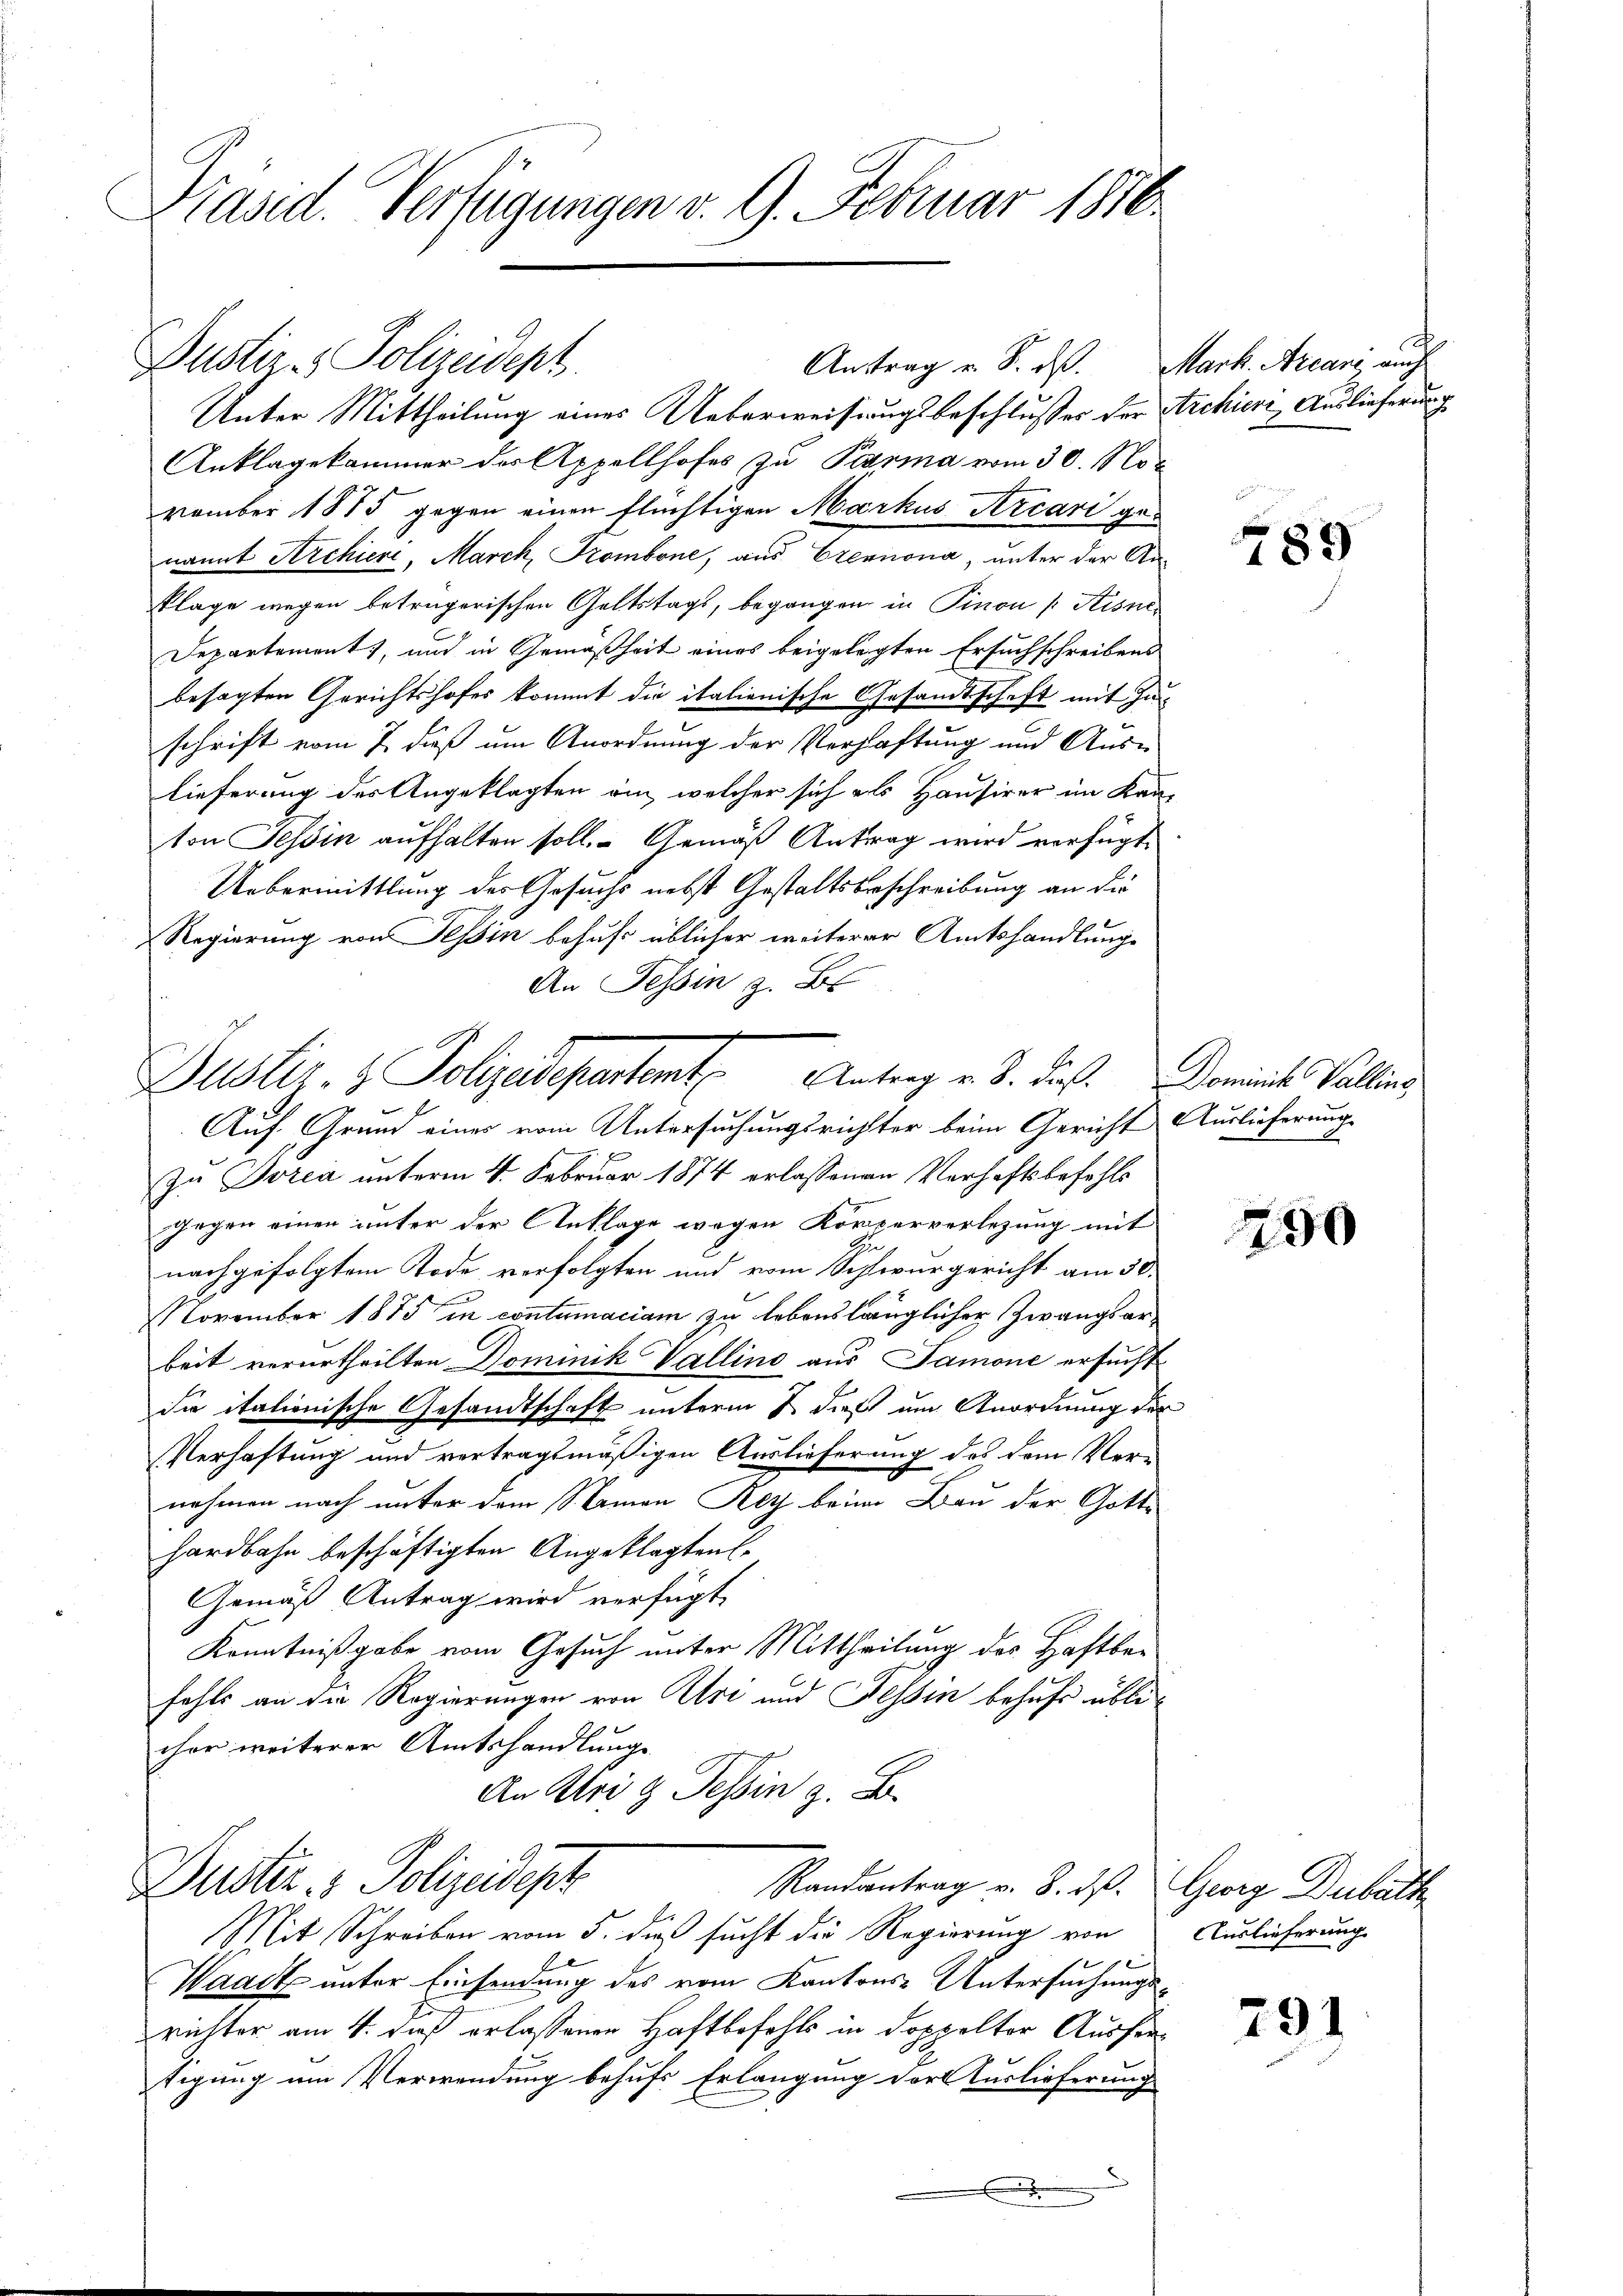
Präsid. Verfügungen v. 9. Februar 1876.

Dustiz- & Polizeidept.
Unter Mittheilung eines Ueberweisungsbeschlusses der
Anklagekammer der Appellhofes zu Parma vom 30. November 1875 gegen einen flüchtigen Markus Arcari genannt Archieri, Marck, Krombone, aus Eremnona, unter der Anklage wegen betrügerischen Geltstags, begangen in Pinon [Kisne¬
Departement, und in Gemäßheit eines beigelegten Ersuchschreibens
besagten Gerichtshofes kommt die italienische Gesamtschaft mit Inschrift vom 7. daß um Anordnung der Verhaftung und Auslieferung des Angeklagten ein, welcher sich als Hausirer im Kan-
ton Tessin aufhalten soll. Gemäß Antrag wird verfügt,
Uebermittlung des Gesuchs nebst Gestaltsbeschreibung an die
Regierung von Tessin behufs üblicher weiterer Amtshandlunge
An Tessin z. B.
Auf Grund eines vom Untersuchungsrichter beim Gericht Auslieferung
Zu Torea unterm 4. Februar 1874 erlassenen Verhaftsbefehls
gegen einen unter der Anklage wegen Körperverlegung mit
nachgefolgtem Tode verfolgten und vom Schwurgericht am 30.
November 1875 in contumaciam zu lebenslänglicher Zwangsarbeit verurtheilten Dominik Vallino aus Samone ersucht
Sie italionische Gesandtschaft unterm 2. dieß um Anordnung der
Verhaftung und vertragsmäßigen Auslieferung des dem Ver-
nehmen nach unter dem Namen Rey beim Bau der Gotte
hardbahn beschäftigten Angeklagten
Gemäß Antrag wird verfügt,
Kenntnißgabe vom Gesuch unter Mittheilung des Haftbei
fahls an die Regierungen von Uri und Tessin behufs üblicher weiterer Amtshandlung
An Uri g Tessin z. B.

Justiz- & Polizeidepartamt Antrag u. S. dieß. Domine Valling,
e

Dustiz & Polizeidept
Randantrag v. 8. ds.

Antrag u. S. dß. Mark. Arcane auch

Mit Schreiben vom 5. dieß sucht die Regierung von
Waadt unter Einsendung des vom Kantons-Untersuchungs
richter am 4. daß erlassenen Haftbefehls in doppelter Ausfertigung um Verwendung behufs Erlangung dort Turlieferung
.

Archieri Auslieferung

489

250

Georg Dubath
Auslieferung.

791